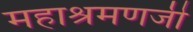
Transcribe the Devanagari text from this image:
महाश्रमणजी